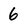
Character: 6